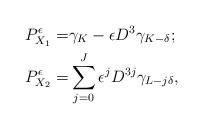
\begin{align*}P_{X_1}^{\epsilon}=&\gamma_{K}-\epsilon D^3\gamma_{K-\delta};\\P_{X_2}^{\epsilon}=&\sum_{j=0}^{J}\epsilon^{j}D^{3j}\gamma_{L-j\delta},\end{align*}